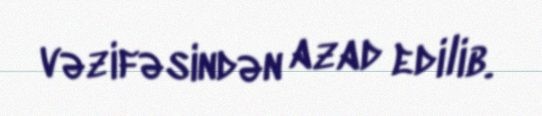
vəzifəsindən azad edilib.